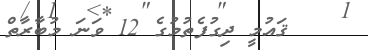
ޤައުމީ ދިގުފެތުމުގެ 12 ވަނަ މުބާރާތް